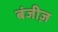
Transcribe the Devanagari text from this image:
बंजीज़